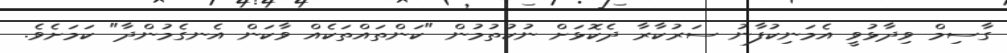
ގާސިމް ވިދާޅުވީ އެމަނިކުފާނު ސަރުކާރާ ދެކޮޅަށް ނުކުތުމުން "ކަންތައްތަކެއް ވާކަން އެނގެމުންދާ" ކަމަށެވެ.